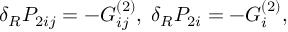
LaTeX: \delta _ { R } { \cal P } _ { 2 i j } = - G _ { i j } ^ { ( 2 ) } , \; \delta _ { R } P _ { 2 i } = - G _ { i } ^ { ( 2 ) } ,